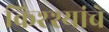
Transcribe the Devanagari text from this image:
किश्श्यांचे